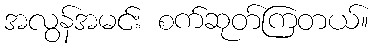
အလွန်အမင်း စက်ဆုတ်ကြတယ်။